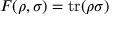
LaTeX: F ( \rho , \sigma ) = \operatorname { t r } ( \rho \sigma )